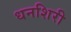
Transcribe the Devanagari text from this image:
धनशिरी